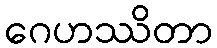
ဂေဟဿိတာ